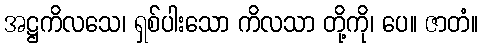
အဋ္ဌကိလသေ၊ ရှစ်ပါးသော ကိလသာ တို့ကို၊ ပေ။ ဇာတံ။